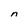
Character: n